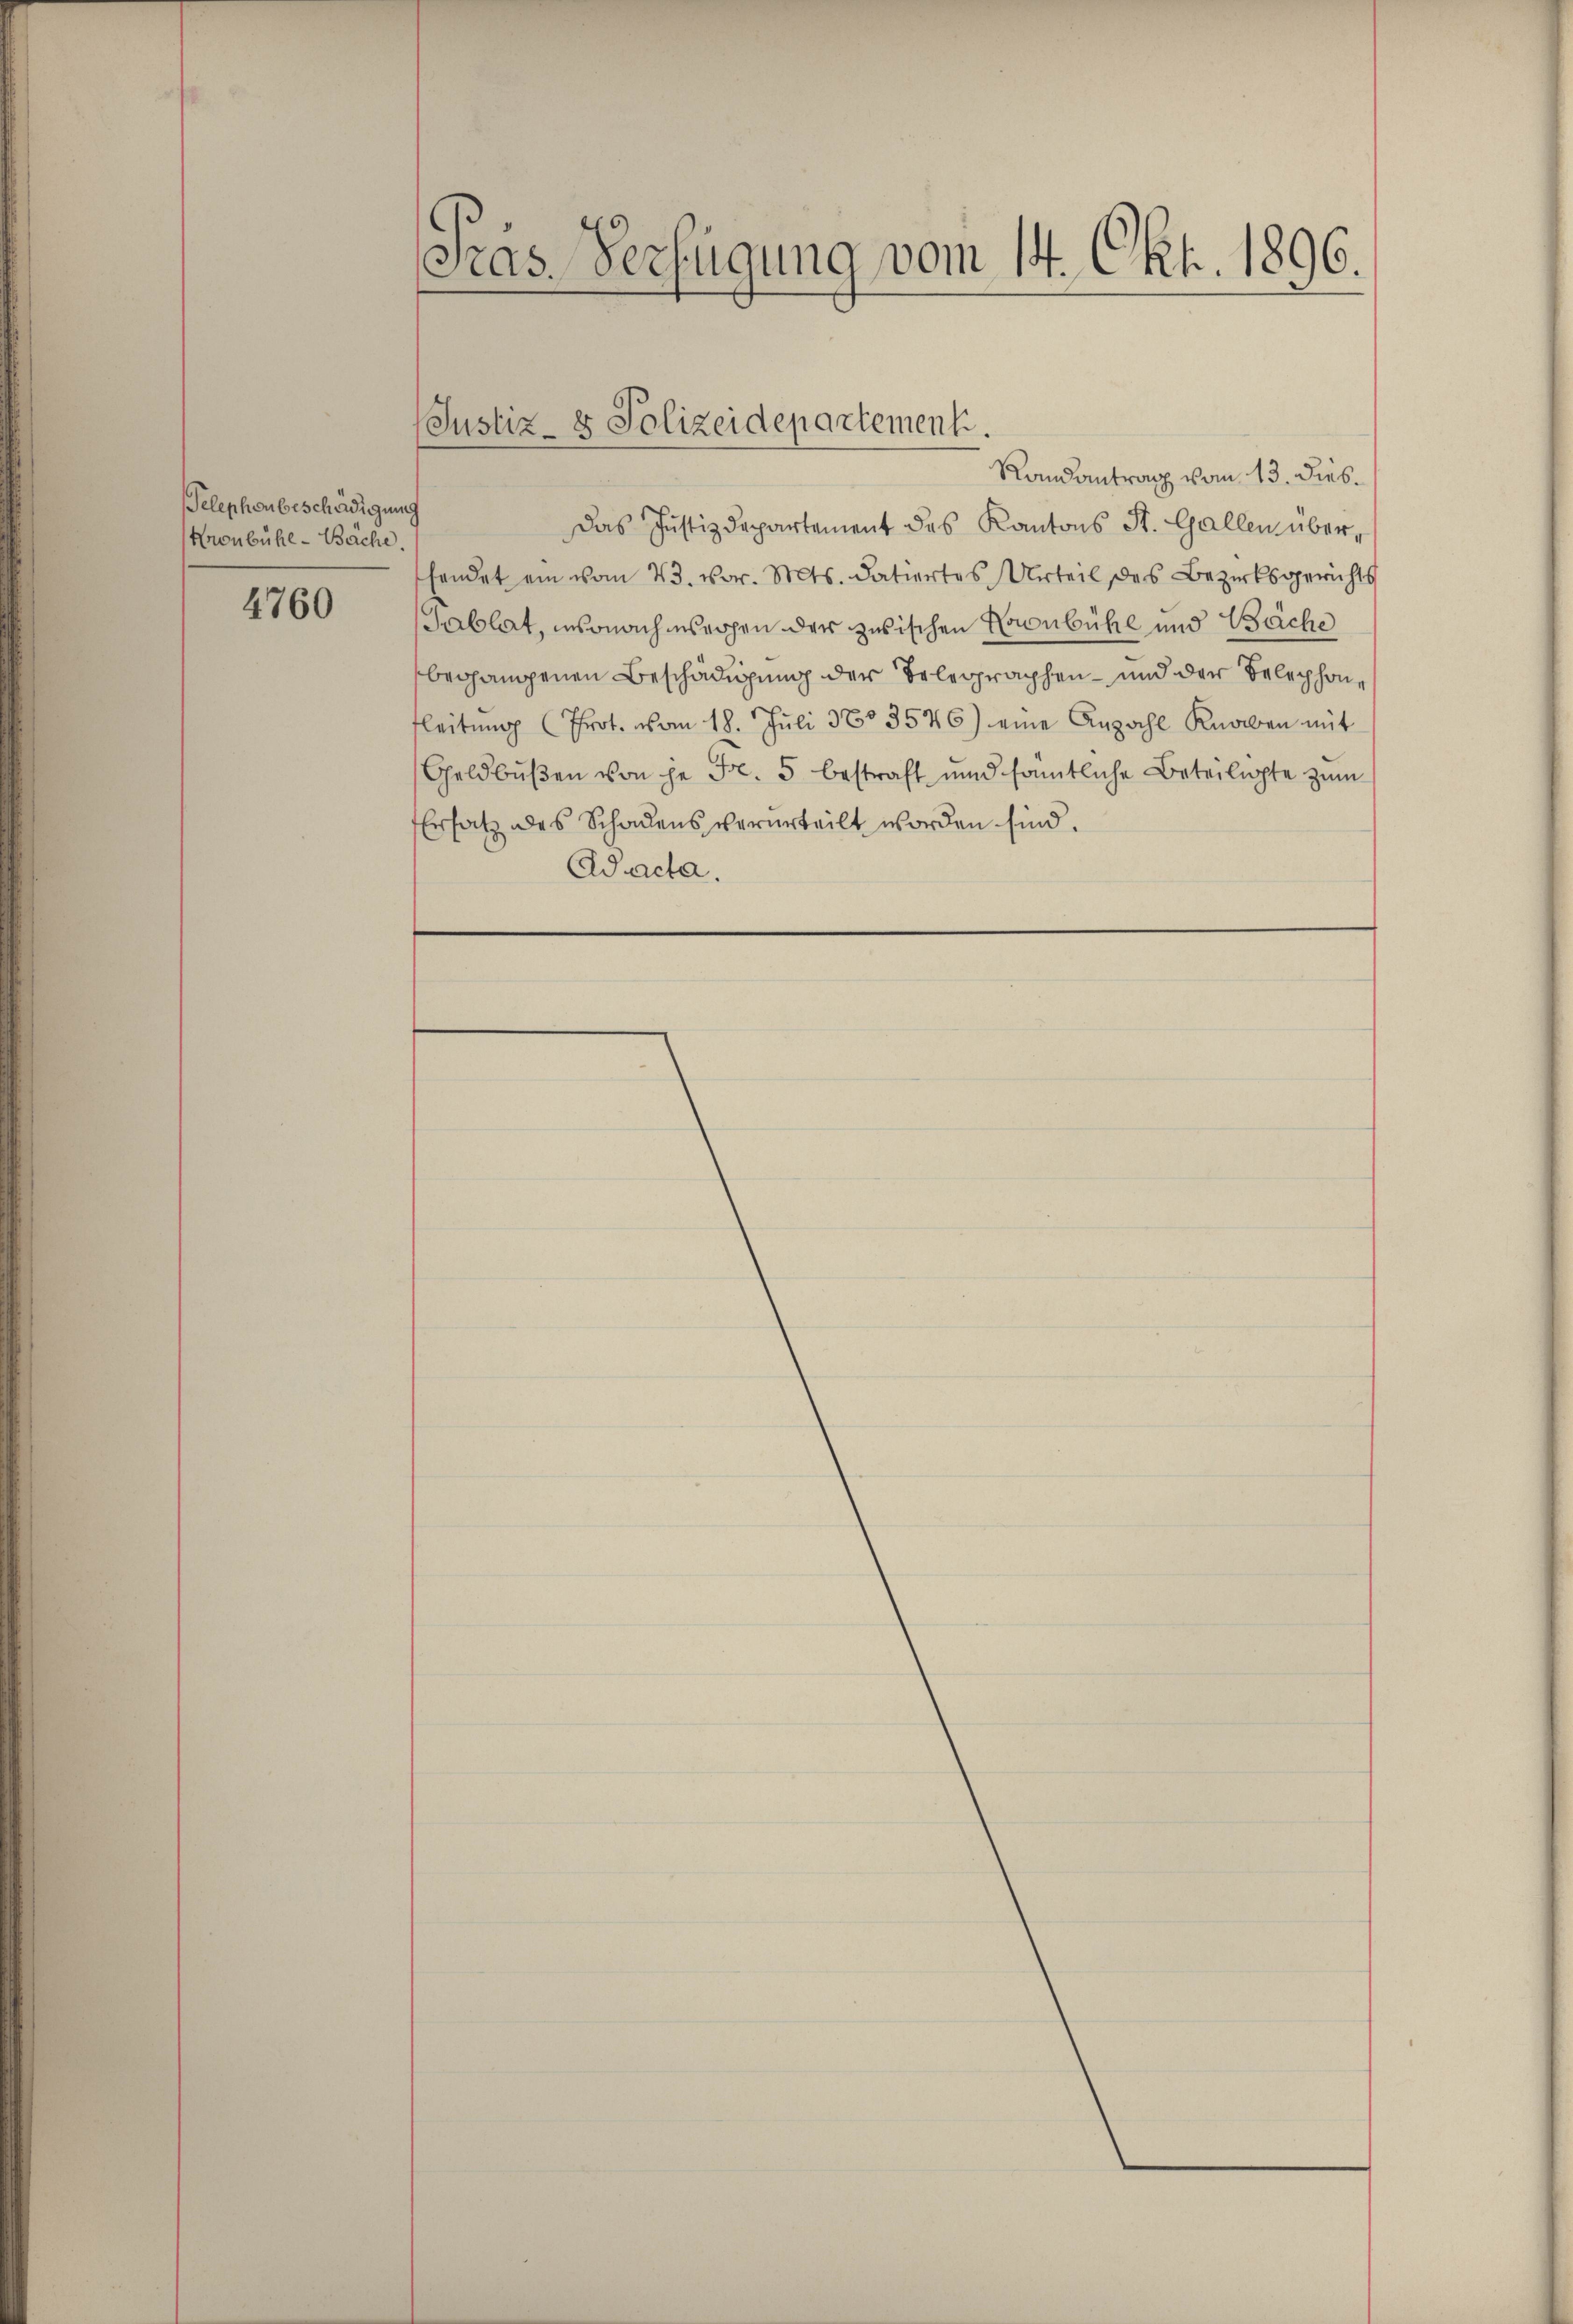
Telephonbeschädigung
Kronbühl-Bäche.

4760

Gras Verfügung vom 14. Okt. 1896.

Justiz- & Polizeidepartement.

Randantrag vom 13. Diebdas Justizdepartement des Kantons St. Gallen, überhendet ein vom 23. vor. Mts. datiertes Urteil des Bezirksgerichts
Tablat, insonach isrohen der zwischen Kronbühl und Bäche
begangenen Beschädigung der Belegraphen- und der Belephonfleitŭng (Prot. vom 18. Jŭli 1803546) eine Anzahl Knaben mit
Geldbußen von je Fr. 5 bestraft und samtliche Beteiligte zum
Ersatz des Schadens verurteilt worden sind.
Adacta.